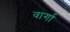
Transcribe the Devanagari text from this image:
वार्गा